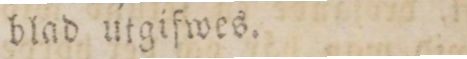
blad utgifwes.